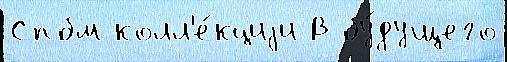
Спбм колл'е́кциjи В бу́дущего